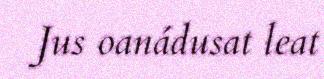
Jus oanádusat leat